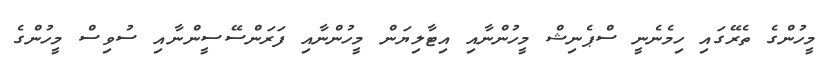
މީހުންގެ ތެރޭގައި ހިމެނެނީ ސްޕެނިޝް މީހުންނާއި އިޓާލިޔަން މީހުންނާއި ފަރަންސޭސީންނާއި ސުވިސް މީހުންގެ